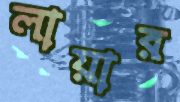
লায়ার